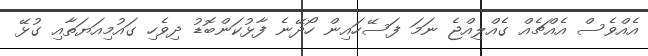
އެއްވެސް އެއްޗެއް ގެއްލިއްޖެ ނަމަ ފަސޭހައިން ހޯދޭނެ ފާޅުކަންބޮޑު ދިވެހި ގައުމިއަޔަތާއި ގުޅޭ